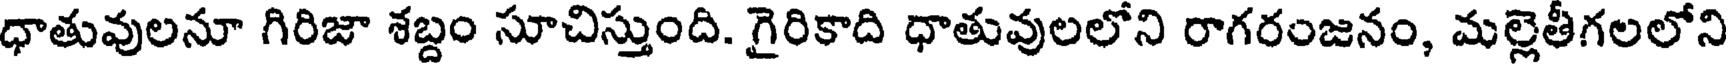
ధాతువులనూ గిరిజా శబ్దం సూచిస్తుంది. గైరికాది ధాతువులలోని రాగరంజనం, మల్లెతీగలలోని